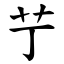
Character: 艼